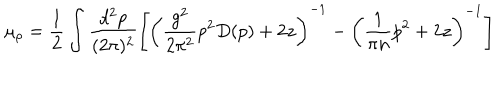
LaTeX: \mu _ { \rho } = \frac { 1 } { 2 } \int \frac { d ^ { 2 } p } { ( 2 \pi ) ^ { 2 } } \left[ \left( \frac { g ^ { 2 } } { 2 \pi ^ { 2 } } p ^ { 2 } D ( p ) + 2 z \right) ^ { - 1 } - \left( \frac { 1 } { \pi n } p ^ { 2 } + 2 z \right) ^ { - 1 } \right]